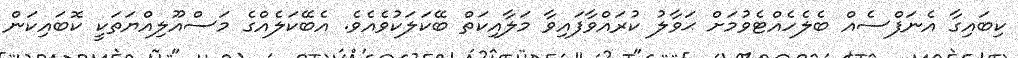
ކިބައިގާ އެނަފްސެއް ބެލެހެއްޓެވުމަށް ޙަވާލު ކުރައްވާފައިވާ މަލާއިކަތް ބޭކަލަކުވެއެވެ. އެބޭކަލެއްގެ މަސްއޫލިއްޔަތަކީ ކޮބައިކަން